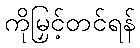
ကိုမြှင့်တင်ရန်